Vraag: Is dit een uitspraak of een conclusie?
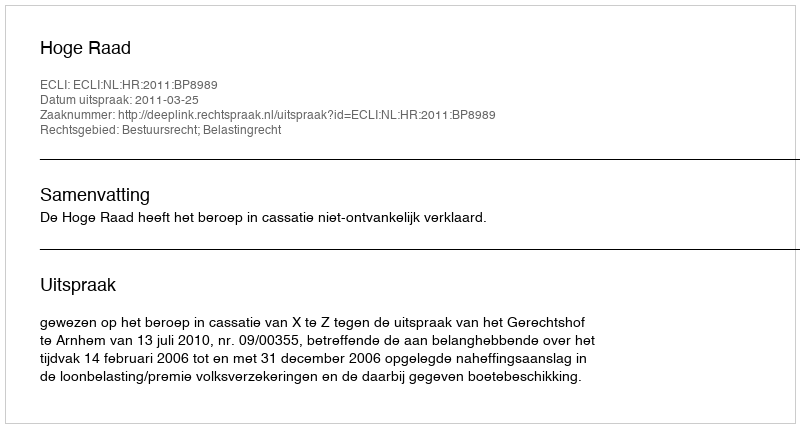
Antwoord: Uitspraak